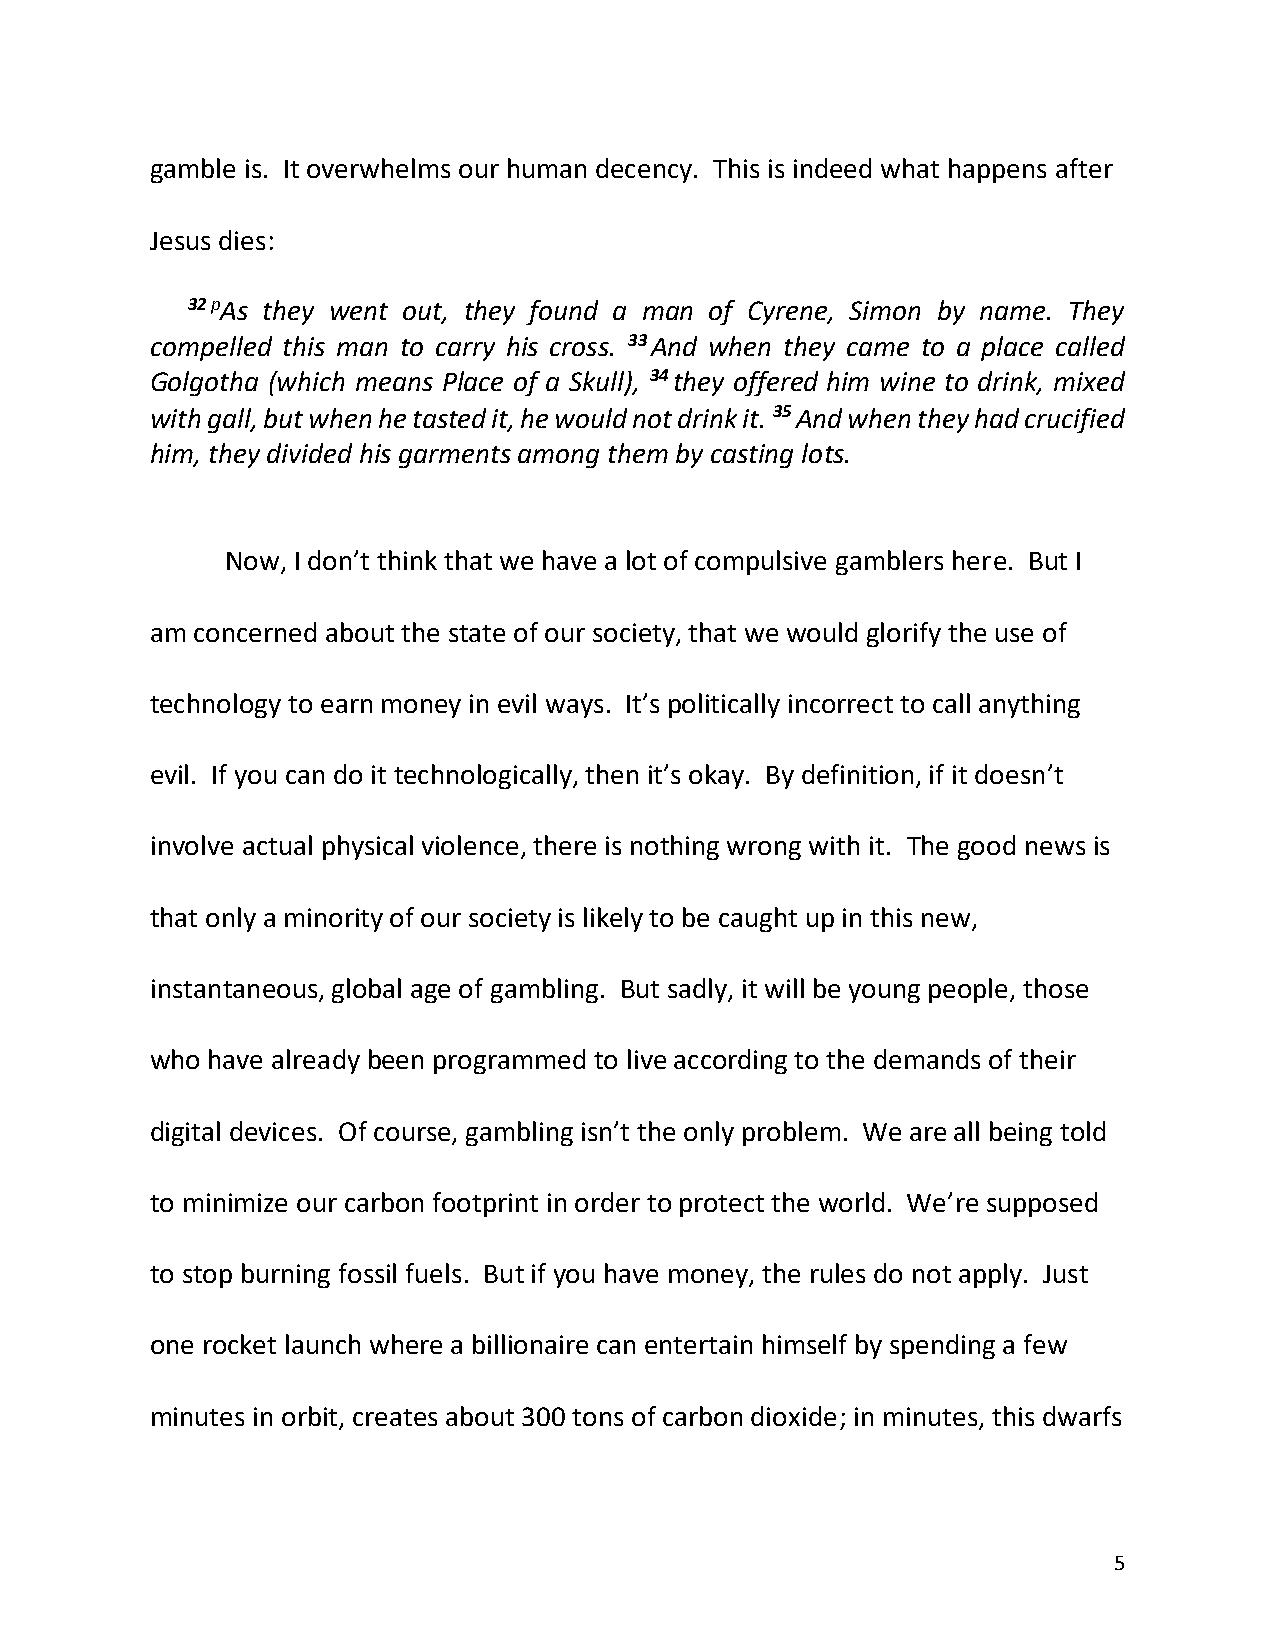
gamble is. It overwhelms our human decency. This is indeed what happens after
 Jesus dies:
 32 pAs they went out, they found a man of Cyrene, Simon by name. They
 compelled this man to carry his cross. 33 And when they came to a place called
 Golgotha (which means Place of a Skull), 34 they offered him wine to drink, mixed
 with gall, but when he tasted it, he would not drink it. 35 And when they had crucified
 him, they divided his garments among them by casting lots.
 Now, I don’t think that we have a lot of compulsive gamblers here. But I
 am concerned about the state of our society, that we would glorify the use of
 technology to earn money in evil ways. It’s politically incorrect to call anything
 evil. If you can do it technologically, then it’s okay. By definition, if it doesn’t
 involve actual physical violence, there is nothing wrong with it. The good news is
 that only a minority of our society is likely to be caught up in this new,
 instantaneous, global age of gambling. But sadly, it will be young people, those
 who have already been programmed to live according to the demands of their
 digital devices. Of course, gambling isn’t the only problem. We are all being told
 to minimize our carbon footprint in order to protect the world. We’re supposed
 to stop burning fossil fuels. But if you have money, the rules do not apply. Just
 one rocket launch where a billionaire can entertain himself by spending a few
 minutes in orbit, creates about 300 tons of carbon dioxide; in minutes, this dwarfs
 5